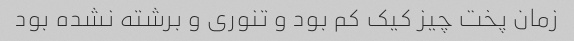
زمان پخت چیز کیک کم بود و تنوری و برشته نشده بود